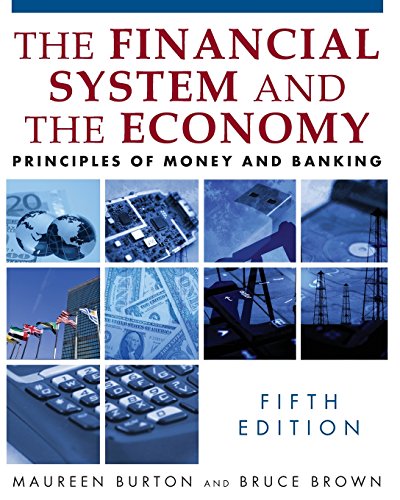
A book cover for Financial System of the Economy: Principles of Money and Banking; Maureen Burton; Business & Money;